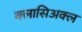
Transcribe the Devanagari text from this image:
क्लासिअक्ल